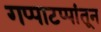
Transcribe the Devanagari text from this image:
गप्पाटप्पांतून